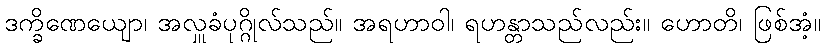
ဒက္ခိဏေယျော၊ အလှူခံပုဂ္ဂိုလ်သည်။ အရဟာဝါ၊ ရဟန္တာသည်လည်း။ ဟောတိ၊ ဖြစ်အံ့။